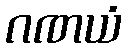
ဂဏယံ